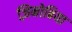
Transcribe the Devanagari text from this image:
ज़िनोबिया